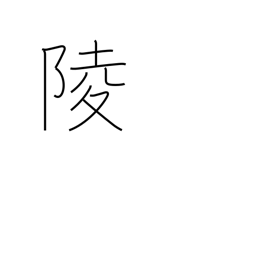
Meaning: imperial tomb